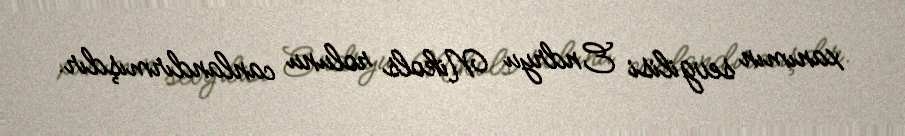
xanımın sevgilisi Endryu Nikols rolunu canlandırmışdır.